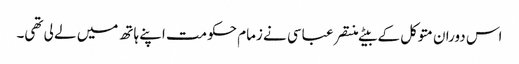
اس دوران متوکل کے بیٹے منتصر عباسی نے زمام حکومت اپنے ہاتھ میں لے لی تھی۔